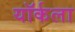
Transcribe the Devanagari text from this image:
यॉर्कला